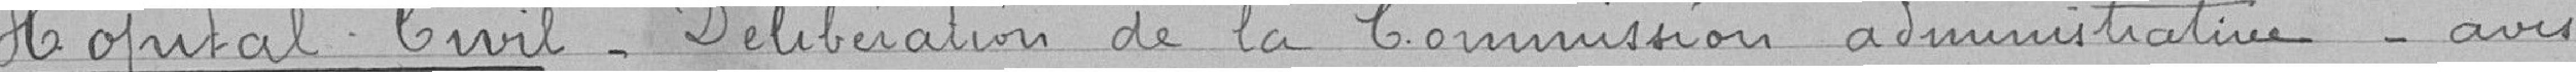
Hôpital Civil. Délibération de la Commission administrative - avis